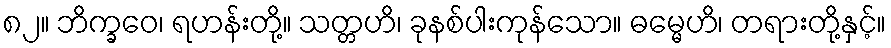
၈၂။ ဘိက္ခဝေ၊ ရဟန်းတို့။ သတ္တဟိ၊ ခုနစ်ပါးကုန်သော။ ဓမ္မေဟိ၊ တရားတို့နှင့်။